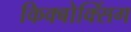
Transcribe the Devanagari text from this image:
किक्बोक्सिंग